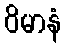
ဝိမာနံ